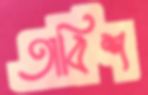
তাবিশ